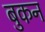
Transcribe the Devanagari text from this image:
बुकन